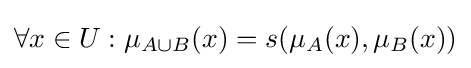
\forall x\in U:\mu _{A\cup {B}}(x)=s(\mu _{A}(x),\mu _{B}(x))